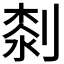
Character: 𠞘